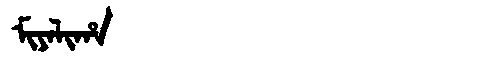
Manchu: ᠮᡳᠶᠠᠯᡳᡥᠠ
Romanization: MIYALIHA